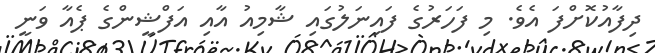
ދިފާއުކޮށްފަ އެވެ. މި ފަހަރުގެ ފައިނަލުގައި ޝާމިއު އާއި އަފްޝީންގެ ޕެއާ ވަނީ